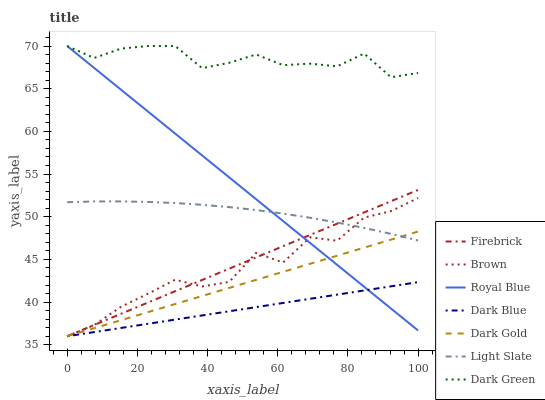
| xaxis_label | Firebrick | Brown | Royal Blue | Dark Blue | Dark Gold | Light Slate | Dark Green |
 | --- | --- | --- | --- | --- | --- | --- | --- |
 | 0 | 36 | 36 | 70 | 36 | 36 | 51.7 | 70 |
 | 7.69 | 37.3 | 37.3 | 67.4 | 36.5 | 36.9 | 51.8 | 68.6 |
 | 15.4 | 38.6 | 39.5 | 64.9 | 37 | 37.9 | 51.8 | 69.7 |
 | 23.1 | 40 | 41 | 62.3 | 37.5 | 38.8 | 51.7 | 70 |
 | 30.8 | 41.3 | 42.6 | 59.7 | 38 | 39.8 | 51.6 | 70 |
 | 38.5 | 42.6 | 41.8 | 57.2 | 38.4 | 40.7 | 51.4 | 67.4 |
 | 46.2 | 43.9 | 42.4 | 54.6 | 38.9 | 41.7 | 51.1 | 68 |
 | 53.8 | 45.2 | 45.8 | 52.1 | 39.4 | 42.6 | 50.8 | 69 |
 | 61.5 | 46.5 | 44.6 | 49.5 | 39.9 | 43.5 | 50.4 | 67.8 |
 | 69.2 | 47.9 | 47.6 | 46.9 | 40.4 | 44.5 | 49.9 | 67.9 |
 | 76.9 | 49.2 | 47.2 | 44.4 | 40.9 | 45.4 | 49.3 | 67.6 |
 | 84.6 | 50.5 | 49.9 | 41.8 | 41.4 | 46.4 | 48.7 | 69.1 |
 | 92.3 | 51.8 | 50.7 | 39.2 | 41.9 | 47.3 | 48 | 66.3 |
 | 100 | 53.1 | 52.2 | 36.7 | 42.3 | 48.3 | 47.2 | 66.8 |